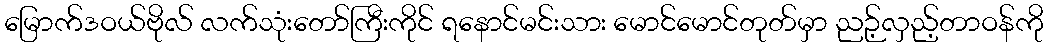
မြောက်ဒဝယ်ဗိုလ် လက်သုံးတော်ကြီးကိုင် ရနောင်မင်းသား မောင်မောင်တုတ်မှာ ညဉ့်လှည့်တာဝန်ကို